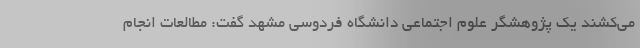
می‌کشند یک پژوهشگر علوم اجتماعی دانشگاه فردوسی مشهد گفت: مطالعات انجام